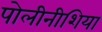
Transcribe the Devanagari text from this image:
पोलीनीशिया